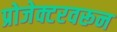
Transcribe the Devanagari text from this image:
प्रोजेक्टरवरून